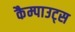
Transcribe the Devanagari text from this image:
कैम्पाउट्स